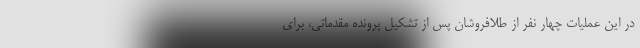
در این عملیات چهار نفر از طلافروشان پس از تشکیل پرونده مقدماتی، برای